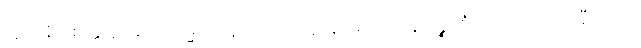
ဣမာနိ စေတ္ထ န အာဒိကမ္မိကေန ဂဟေတဗ္ဗာနိ။ သေသာနိ ပဉ္စတိံသ ဂဟေတဗ္ဗာနီတိ ဧဝံ